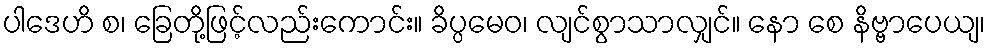
ပါဒေဟိ စ၊ ခြေတို့ဖြင့်လည်းကောင်း။ ခိပ္ပမေဝ၊ လျင်စွာသာလျှင်။ နော စေ နိဗ္ဗာပေယျ၊